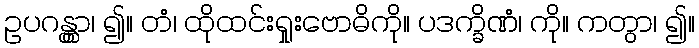
ဥပဂန္တွာ၊ ၍။ တံ၊ ထိုထင်းရှုးဗောဓိကို။ ပဒက္ခိဏံ၊ ကို။ ကတွာ၊ ၍။